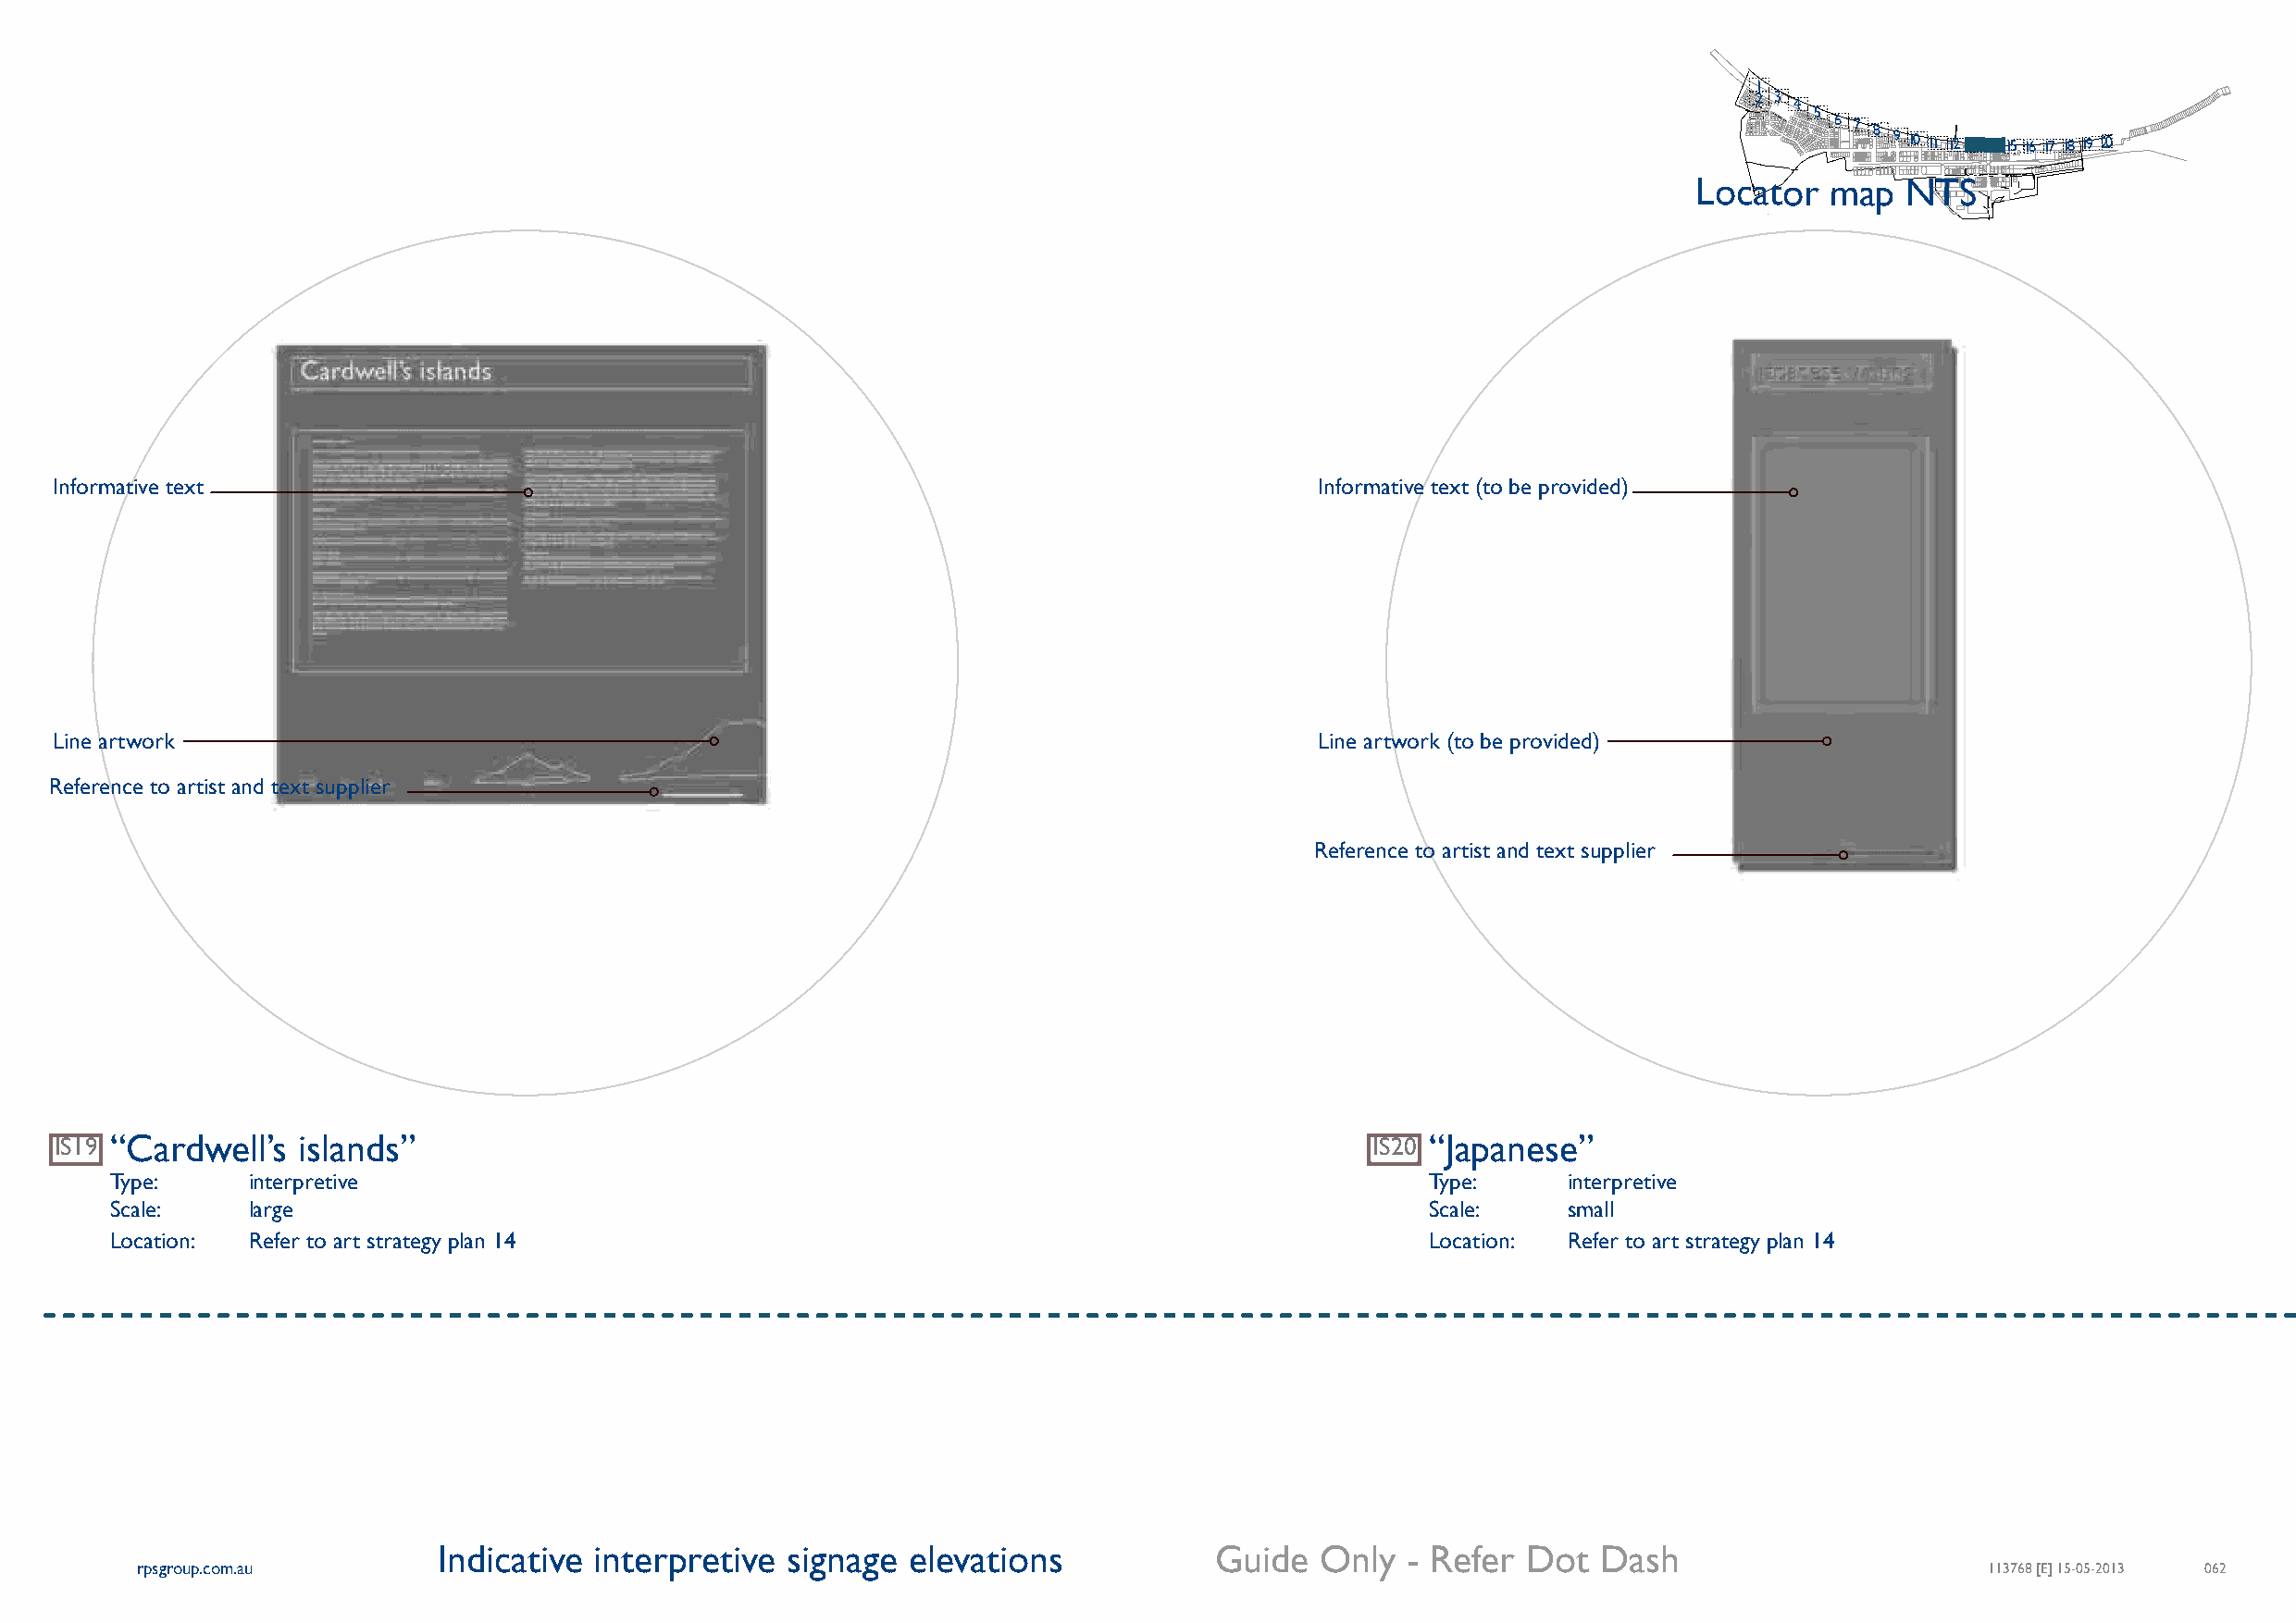
1
 2 3
 4
 5
 6 7 8 9 10 11 12 13 14 15 16 17 18 19 20
 Locator   map  NTS
 Informative text                                                                          Informative text (to be provided)
 Line artwork                                                                              Line artwork (to be provided)
 Reference to artist and text supplier
 Reference to artist and text supplier
 IS19 “Cardwell’s islands”                                                                     IS20 “Japanese”
 Type:     interpretive                                                                        Type:     interpretive
 Scale:    large                                                                               Scale:    small
 Location: Refer to art strategy plan 14                                                       Location: Refer to art strategy plan 14
 Indicative  interpretive signage  elevations            Guide  Only   - Refer Dot  Dash
 rpsgroup.com.au                                                                                                                     113768 [E] 15-05-2013 062